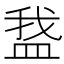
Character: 𬐡